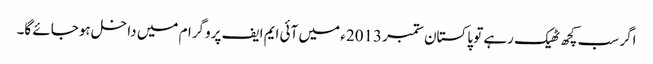
اگر سب کچھ ٹھیک رہے تو پاکستان ستمبر 2013ء میں آئی ایم ایف پروگرام میں داخل ہوجائے گا۔